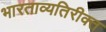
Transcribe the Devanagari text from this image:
भारताव्यतिरीक्त